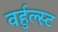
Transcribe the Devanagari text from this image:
वर्हुल्स्ट